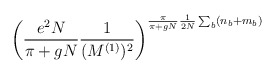
\begin{align*}\left( \frac{e^2 N}{\pi+gN} \frac{1}{(M^{(1)})^2}\right)^{\frac{\pi}{\pi+gN} \frac{1}{2N} \sum_b (n_b + m_b)}\end{align*}